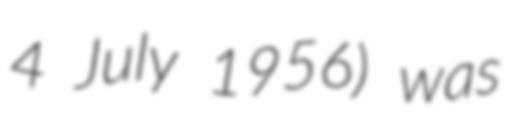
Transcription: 4 July 1956) was